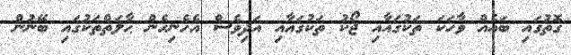
ގޮތުގައި ބައެއް ވާހަކަ ތަކުގައާއި ޖޯކު ތަކުގައާއި އަދިވެސް އެހެނިހެން ޙާލަތްތަކުގައި ބޭނުން